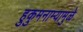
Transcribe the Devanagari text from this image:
हुकुमनाम्यामुळे